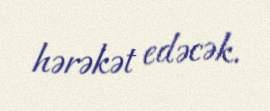
hərəkət edəcək.